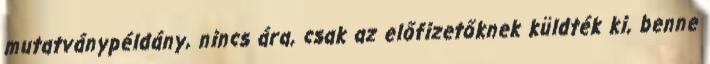
mutatványpéldány, nincs ára, csak az előfizetőknek küldték ki, benne